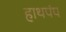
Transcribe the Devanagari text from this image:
हाथपंप